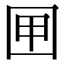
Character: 㘡